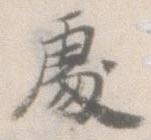
処